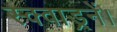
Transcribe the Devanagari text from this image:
स्क्वाड्रनें।